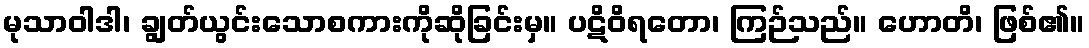
မုသာဝါဒါ၊ ချွတ်ယွင်းသောစကားကိုဆိုခြင်းမှ။ ပဋိဝိရတော၊ ကြဉ်သည်။ ဟောတိ၊ ဖြစ်၏။